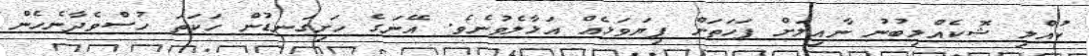
ކުއްލި ޝޮކެއްލިބުނު ނާއިލަށް ފަހަތަށް ފިޔަވަޅެއް އަޅާލެވުނެވެ. އޭނަގެ ހަށިގަނޑުން ހަކަތަ ހުސްވެދާނެހެން